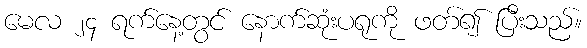
မေလ ၂၄ ရက်နေ့တွင် နောက်ဆုံးပရုကို ဖတ်၍ ပြီးသည်။